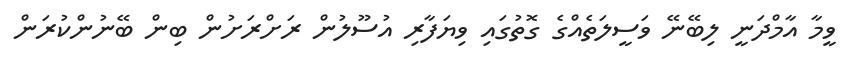
ވީމާ އާމްދަނީ ލިބޭނޭ ވަސީލަތެއްގެ ގޮތުގައި ވިޔަފާރި އުސޫލުން ރަށްރަށުން ބިން ބޭނުންކުރަން